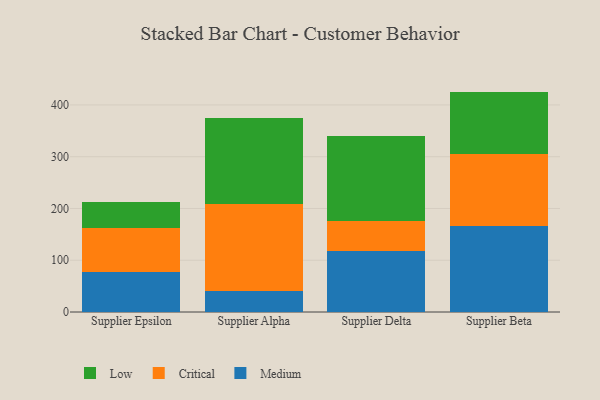
{"axis": {"x": "Supplier", "y": "Energy Usage (MWh)"}, "legend": ["Critical", "Low", "Medium"], "data": [{"x": "Supplier Epsilon", "y": 77.0, "type": "Medium"}, {"x": "Supplier Epsilon", "y": 84.6, "type": "Critical"}, {"x": "Supplier Epsilon", "y": 51.4, "type": "Low"}, {"x": "Supplier Alpha", "y": 40.2, "type": "Medium"}, {"x": "Supplier Alpha", "y": 168.4, "type": "Critical"}, {"x": "Supplier Alpha", "y": 166.4, "type": "Low"}, {"x": "Supplier Delta", "y": 118.3, "type": "Medium"}, {"x": "Supplier Delta", "y": 57.8, "type": "Critical"}, {"x": "Supplier Delta", "y": 163.5, "type": "Low"}, {"x": "Supplier Beta", "y": 166.3, "type": "Medium"}, {"x": "Supplier Beta", "y": 138.9, "type": "Critical"}, {"x": "Supplier Beta", "y": 120.6, "type": "Low"}]}